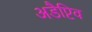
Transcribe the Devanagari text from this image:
अडैप्टिव